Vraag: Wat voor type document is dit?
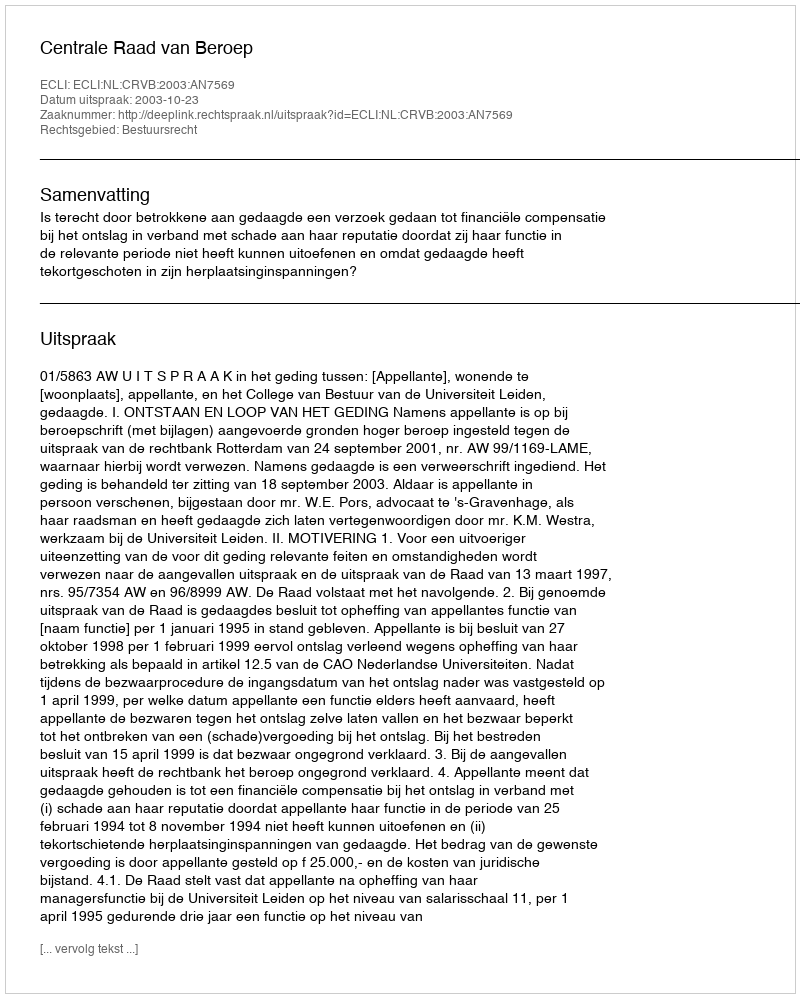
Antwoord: Uitspraak